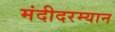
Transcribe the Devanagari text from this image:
मंदीदरम्यान